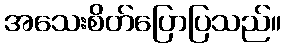
အသေးစိတ်ပြောပြသည်။